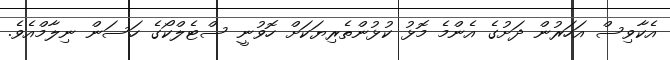
އެކާވިސް އަހަރުން ދަށުގެ އެންމެ މޮޅު ކުޅުންތެރިޔަކަށް ހޮވުނީ ސްޓެލްކޯގެ ހަސަން ނިލާމްއެވެ.